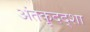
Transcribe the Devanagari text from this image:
अंतकृदद्शा